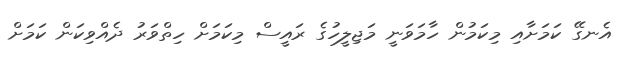
އެނގޭ ކަމަށާއި މިކަމުން ހާމަވަނީ މަޖިލީހުގެ ރައީސް މިކަމަށް ހިތްވަރު ދެއްވިކަން ކަމަށް